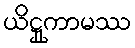
ယိဋ္ဌုကာမဿ